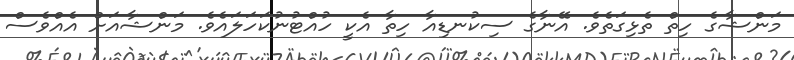
މަންޝާގެ ހިތް ތެޅިގަތެވެ. އޭނާގެ ސިކުނޑިއާ ހިތާ އެކީ ހުއްޓުނުކަހަލައެވެ. މަންޝާއަށް އެއްވެސް